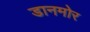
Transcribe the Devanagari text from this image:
डानमोर